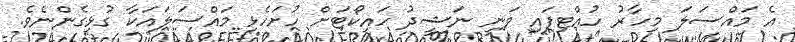
އެ މައްސަލަ މިހާރު ހުއްޓިފައި ވަނީ ނަޝީދު ހައިކޯޓަށް ހުށަހެޅި މައްސަލައަކާ ގުޅިގެންނެވެ.